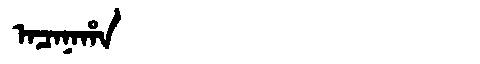
Manchu: ᠠᠴᠠᠨᠠᡥᠠ
Romanization: ACANAHA